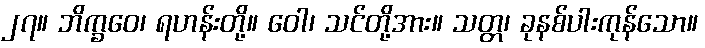
၂၇။ ဘိက္ခဝေ၊ ရဟန်းတို့။ ဝေါ၊ သင်တို့အား။ သတ္တ၊ ခုနစ်ပါးကုန်သော။